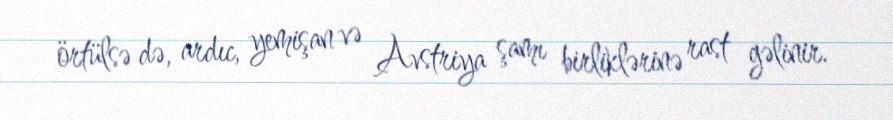
örtülsə də, ardıc, yemişan və Avstriya şamı birliklərinə rast gəlinir.